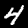
Digit: 4